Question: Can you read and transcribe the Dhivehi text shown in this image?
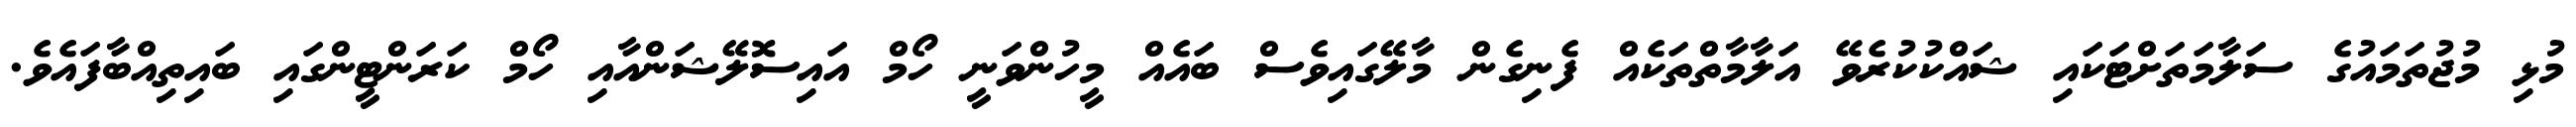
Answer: މުޅި މުޖުތަމައުގެ ސަލާމަތަށްޓަކައި ޝައްކުކުރެވޭ އަލާމާތްތަކެއް ފެނިގެން މާލޭގައިވެސް ބައެއް މީހުންވަނީ ހޯމް އައިސޮލޭޝަންއާއި ހޯމް ކަރަންޓީންގައި ބައިތިއްބާފައެވެ.